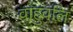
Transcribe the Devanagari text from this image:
वाहुवलि